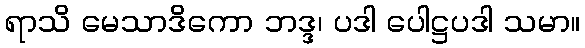
ရာသိ မေသာဒိကော ဘဒ္ဒ၊ ပဒါ ပေါဋ္ဌပဒါ သမာ။